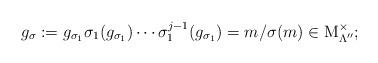
LaTeX: \begin{gather*}g_\sigma:= g_{\sigma_1} \sigma_1 (g_{\sigma_1}) \cdots \sigma_1^{j-1} (g_{\sigma_1})=m/\sigma (m)\in\operatorname{M}_{\Lambda''}^{\times};\end{gather*}